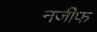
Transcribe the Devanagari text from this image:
नजीफ